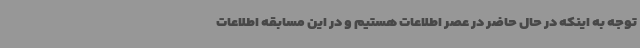
توجه به اینکه در حال حاضر در عصر اطلاعات هستیم و در این مسابقه اطلاعات